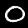
Digit: 0